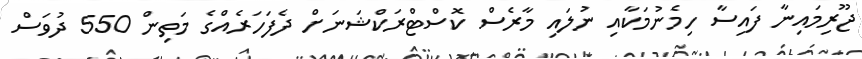
ޖޫރިމައިނާ ފައިސާ ހިމެނުމަކާއި ނުލައި މާރެސް ކޮސްޓްރަކްޝަނަށް ދެފަހަރެއްގެ މަތިން 550 ދުވަސް